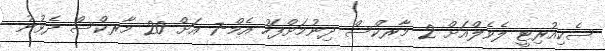
ސެކިއުރިޓީ ލެވެލްއަށް 2 މާރކްސް ދިނުމަށްފަހު އެމް-7 އަށް 20 މާރކްސް ދެވުނު